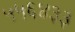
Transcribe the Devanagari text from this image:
५५६४३३